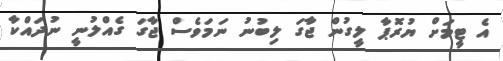
އެ ޓީމަށް ޔުރޮޕާ ލީގުން ޖާގަ ލިބުނު ނަމަވެސް ޖާގަ ގެއްލުނީ ނުދައްކާ